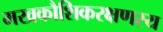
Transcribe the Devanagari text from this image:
मखकौशिकरक्षणस्य